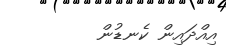
އިއްދައިން ކެނޑުން